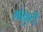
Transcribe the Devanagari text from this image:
मोकुटी